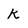
Character: k